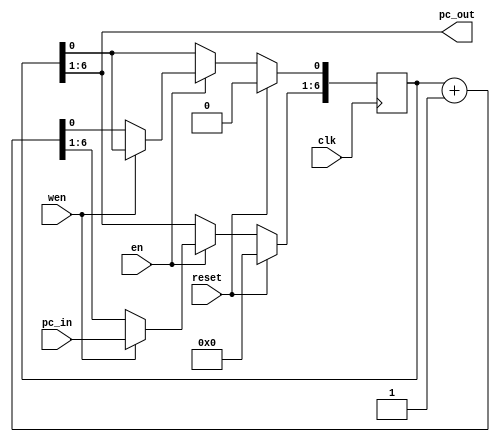
`timescale 1ns / 1ps
//////////////////////////////////////////////////////////////////////////////////
// Company: 
// Engineer: 
// 
// Design Name: 
// Module Name:    pc_incrementor 
// Project Name: 
// Target Devices: 
// Tool versions: 
// Description: 
//
// Dependencies: 
//
// Revision: 
// Revision 0.01 - File Created
// Additional Comments: 
//
//////////////////////////////////////////////////////////////////////////////////


module pc_incrementor
	#(parameter INST_ADDR_WIDTH = 6)

   (input clk,
	 input en,
	 input reset,
	 input wen,
	 input [INST_ADDR_WIDTH - 1:0] 	pc_in,
    output [INST_ADDR_WIDTH-1:0] pc_out
	 );
   
reg [(INST_ADDR_WIDTH -1 )+ 1:0] pc_out_reg;
assign pc_out = pc_out_reg[(INST_ADDR_WIDTH - 1) + 1 :1];

always @ (posedge clk)
 begin : COUNTER 
   if (reset) begin
     pc_out_reg <=   'b0;
   end
   else if (en) begin
		if (wen) begin
			pc_out_reg[(INST_ADDR_WIDTH - 1) + 1 :1] <= pc_in;
		end
		else begin
			pc_out_reg 	<= pc_out_reg + 'b1;
		end // else
   end // else if not enable
end // always
	
endmodule